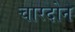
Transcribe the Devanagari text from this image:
चारदोन